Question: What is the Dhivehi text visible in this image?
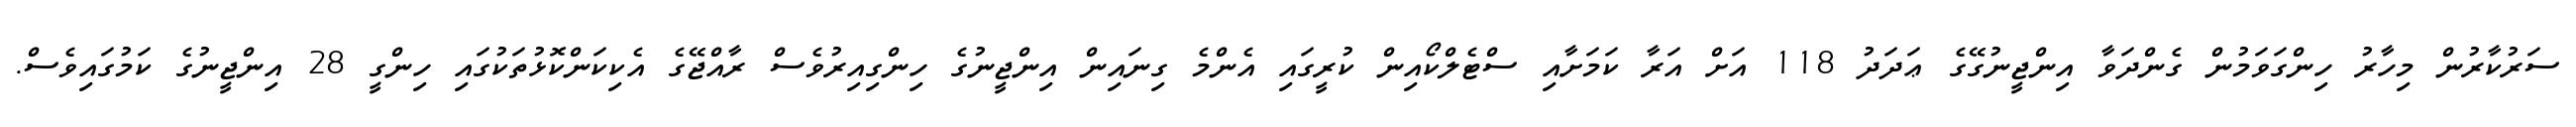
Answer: ސަރުކާރުން މިހާރު ހިންގަވަމުން ގެންދަވާ އިންޖީނުގޭގެ ޢަދަދު 118 އަށް އަރާ ކަމަށާއި ސްޓެލްކޯއިން ކުރީގައި އެންމެ ގިނައިން އިންޖީނުގެ ހިންގިއިރުވެސް ރާއްޖޭގެ އެކިކަންކޮޅުތަކުގައި ހިންގީ 28 އިންޖީނުގެ ކަމުގައިވެސް.